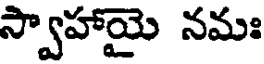
స్వాహాయై నమః